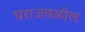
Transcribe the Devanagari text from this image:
घराजवळील